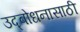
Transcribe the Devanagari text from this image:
उद्बोधनासाठी